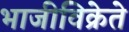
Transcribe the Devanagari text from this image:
भाजीविक्रेते